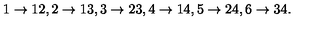
1 \rightarrow 1 2 , 2 \rightarrow 1 3 , 3 \rightarrow 2 3 , 4 \rightarrow 1 4 , { } 5 \rightarrow 2 4 , 6 \rightarrow 3 4 .